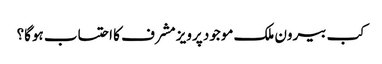
کب بیرون ملک موجود پرویز مشرف کا احتساب ہوگا؟